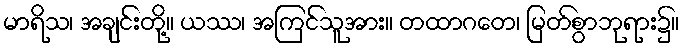
မာရိသ၊ အချင်းတို့။ ယဿ၊ အကြင်သူအား။ တထာဂတေ၊ မြတ်စွာဘုရား၌။